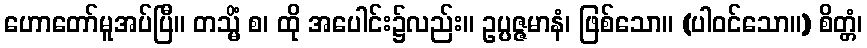
ဟောတော်မူအပ်ပြီ။ တသ္မိံ စ၊ ထို အပေါင်း၌လည်း။ ဥပ္ပဇ္ဇမာနံ၊ ဖြစ်သော။ (ပါဝင်သော။) စိတ္တံ၊